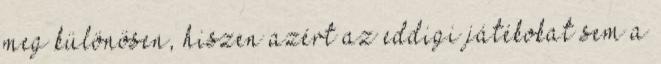
meg különösen, hiszen azért az eddigi játékokat sem a